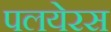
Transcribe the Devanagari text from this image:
पलयेरस